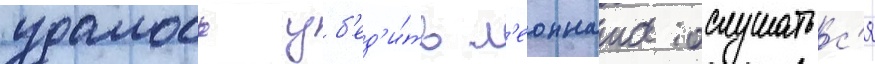
удалось уб'ед'и́ть л'еонната ослушатьс'я